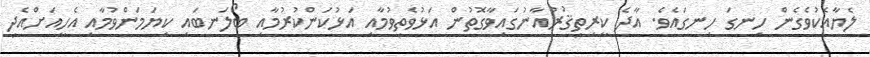
ލެޔާއެކުވެގެން ހިނގަ ހިނގައެވެ. އާދެ ކީރިތިޤުރުއާނުގައިވާގޮތުން އަޅުވެތިވުމާއި އަޅުކަންކުރުމާއި ބޯލަނބައި ކިޔަމަންވުމާއި އެހީއަށްއެދި